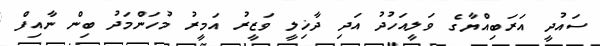
ސައުދީ އަރަބިއްޔާގެ ވަލީއަހުދު އަދި ދާޚިލީ ވަޒީރު އަމީރު މުހަންމަދު ބިން ނާއިފް